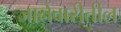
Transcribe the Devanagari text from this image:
जानेवारीतील